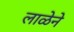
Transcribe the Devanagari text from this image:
लाळेने